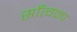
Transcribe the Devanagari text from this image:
साँत्वना